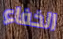
الخفاء